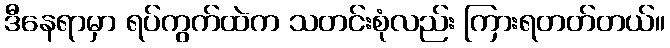
ဒီနေရာမှာ ရပ်ကွက်ထဲက သတင်းစုံလည်း ကြားရတတ်တယ်။